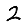
Digit: 2